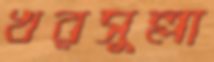
খরসুল্লা